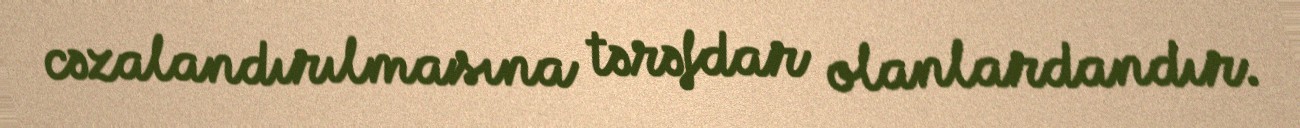
cəzalandırılmasına tərəfdar olanlardandır.